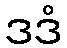
ဒဒံ